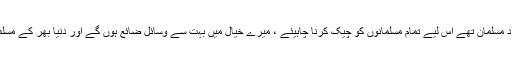
صرف یہ کہنے سے کہ چونکہ بہت سے دہشت گرد مسلمان تھے اس لیے تمام مسلمانوں کو چیک کرنا چاہیئے ، میرے خیال میں بہت سے وسائل ضائع ہوں گے اور دنیا بھر کے مسلمانوںمیں امریکہ کے بارے میں منفی تاثر پیدا ہوگا۔